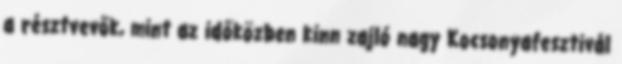
a résztvevők, mint az időközben kinn zajló nagy Kocsonyafesztivál